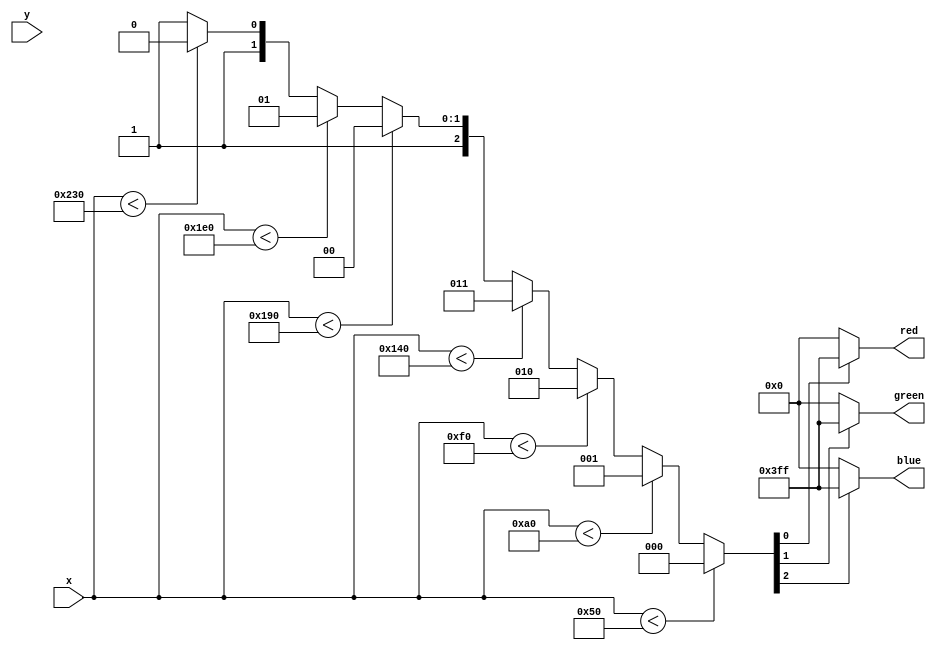
module bars(input [9:0] x, input [9:0] y,
	output [9:0] red, output [9:0] green, output [9:0] blue);
reg [2:0] idx;
always @(x)
begin
	if (x < 80) idx <= 3'd0;
	else if (x < 160) idx <= 3'd1;
	else if (x < 240) idx <= 3'd2;
	else if (x < 320) idx <= 3'd3;
	else if (x < 400) idx <= 3'd4;
	else if (x < 480) idx <= 3'd5;
	else if (x < 560) idx <= 3'd6;
	else idx <= 3'd7;
end
assign red = (idx[0]? 10'h3ff: 10'h000);
assign green = (idx[1]? 10'h3ff: 10'h000);
assign blue = (idx[2]? 10'h3ff: 10'h000);

endmodule